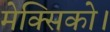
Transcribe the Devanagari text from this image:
मेक्सिको।